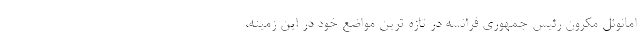
امانوئل مکرون رئیس جمهوری فرانسه در تازه ترین مواضع خود در این زمینه،